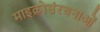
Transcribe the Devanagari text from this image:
माइक्रोसंरचनाओं